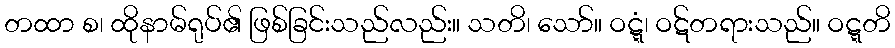
တထာ စ၊ ထိုနာမ်ရုပ်၏ ဖြစ်ခြင်းသည်လည်း။ သတိ၊ သော်။ ဝဋ္ဋံ၊ ဝဋ်တရားသည်။ ဝဋ္ဋတိ